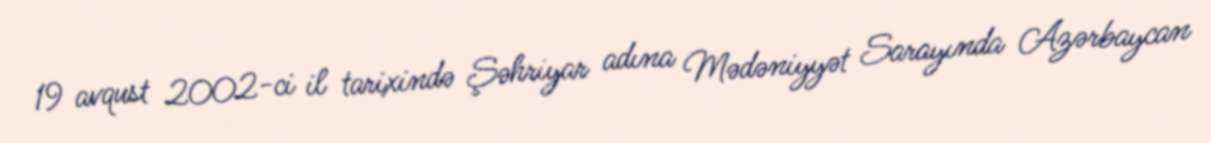
19 avqust 2002-ci il tarixində Şəhriyar adına Mədəniyyət Sarayında Azərbaycan